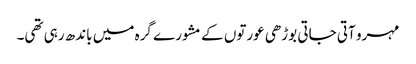
مہرو آتی جاتی بوڑھی عورتوں کے مشورے گرہ میں باندھ رہی تھی۔